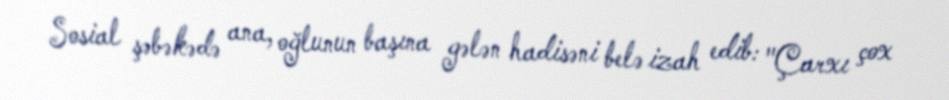
Sosial şəbəkədə ana, oğlunun başına gələn hadisəni belə izah edib: "Çarxı çox